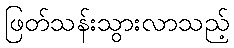
ဖြတ်သန်းသွားလာသည့်